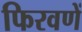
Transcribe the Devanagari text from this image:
फिरवणें